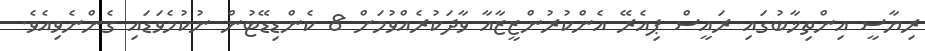
ރިޔާސީ އިންތިޚާބުގައި ރައީސް ޕިއެރޭ އެންކުރުންޒީޒާއާ ވާދަކުރެއްވުމަށް 8 ކެންޑިޑޭޓުން ނުކުމެވަޑައި ގެންނެވިއެވެ.